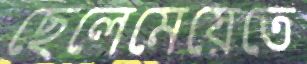
ছেলেমেয়েতে